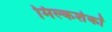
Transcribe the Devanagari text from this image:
मिल्कशेकों